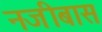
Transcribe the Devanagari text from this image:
नजीबास